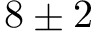
\hphantom { 0 } 8 \pm 2